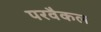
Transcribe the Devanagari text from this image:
परवैकल